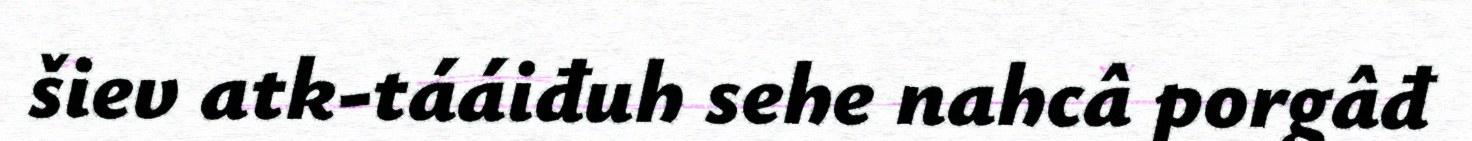
šiev atk-tááiđuh sehe nahcâ porgâđ